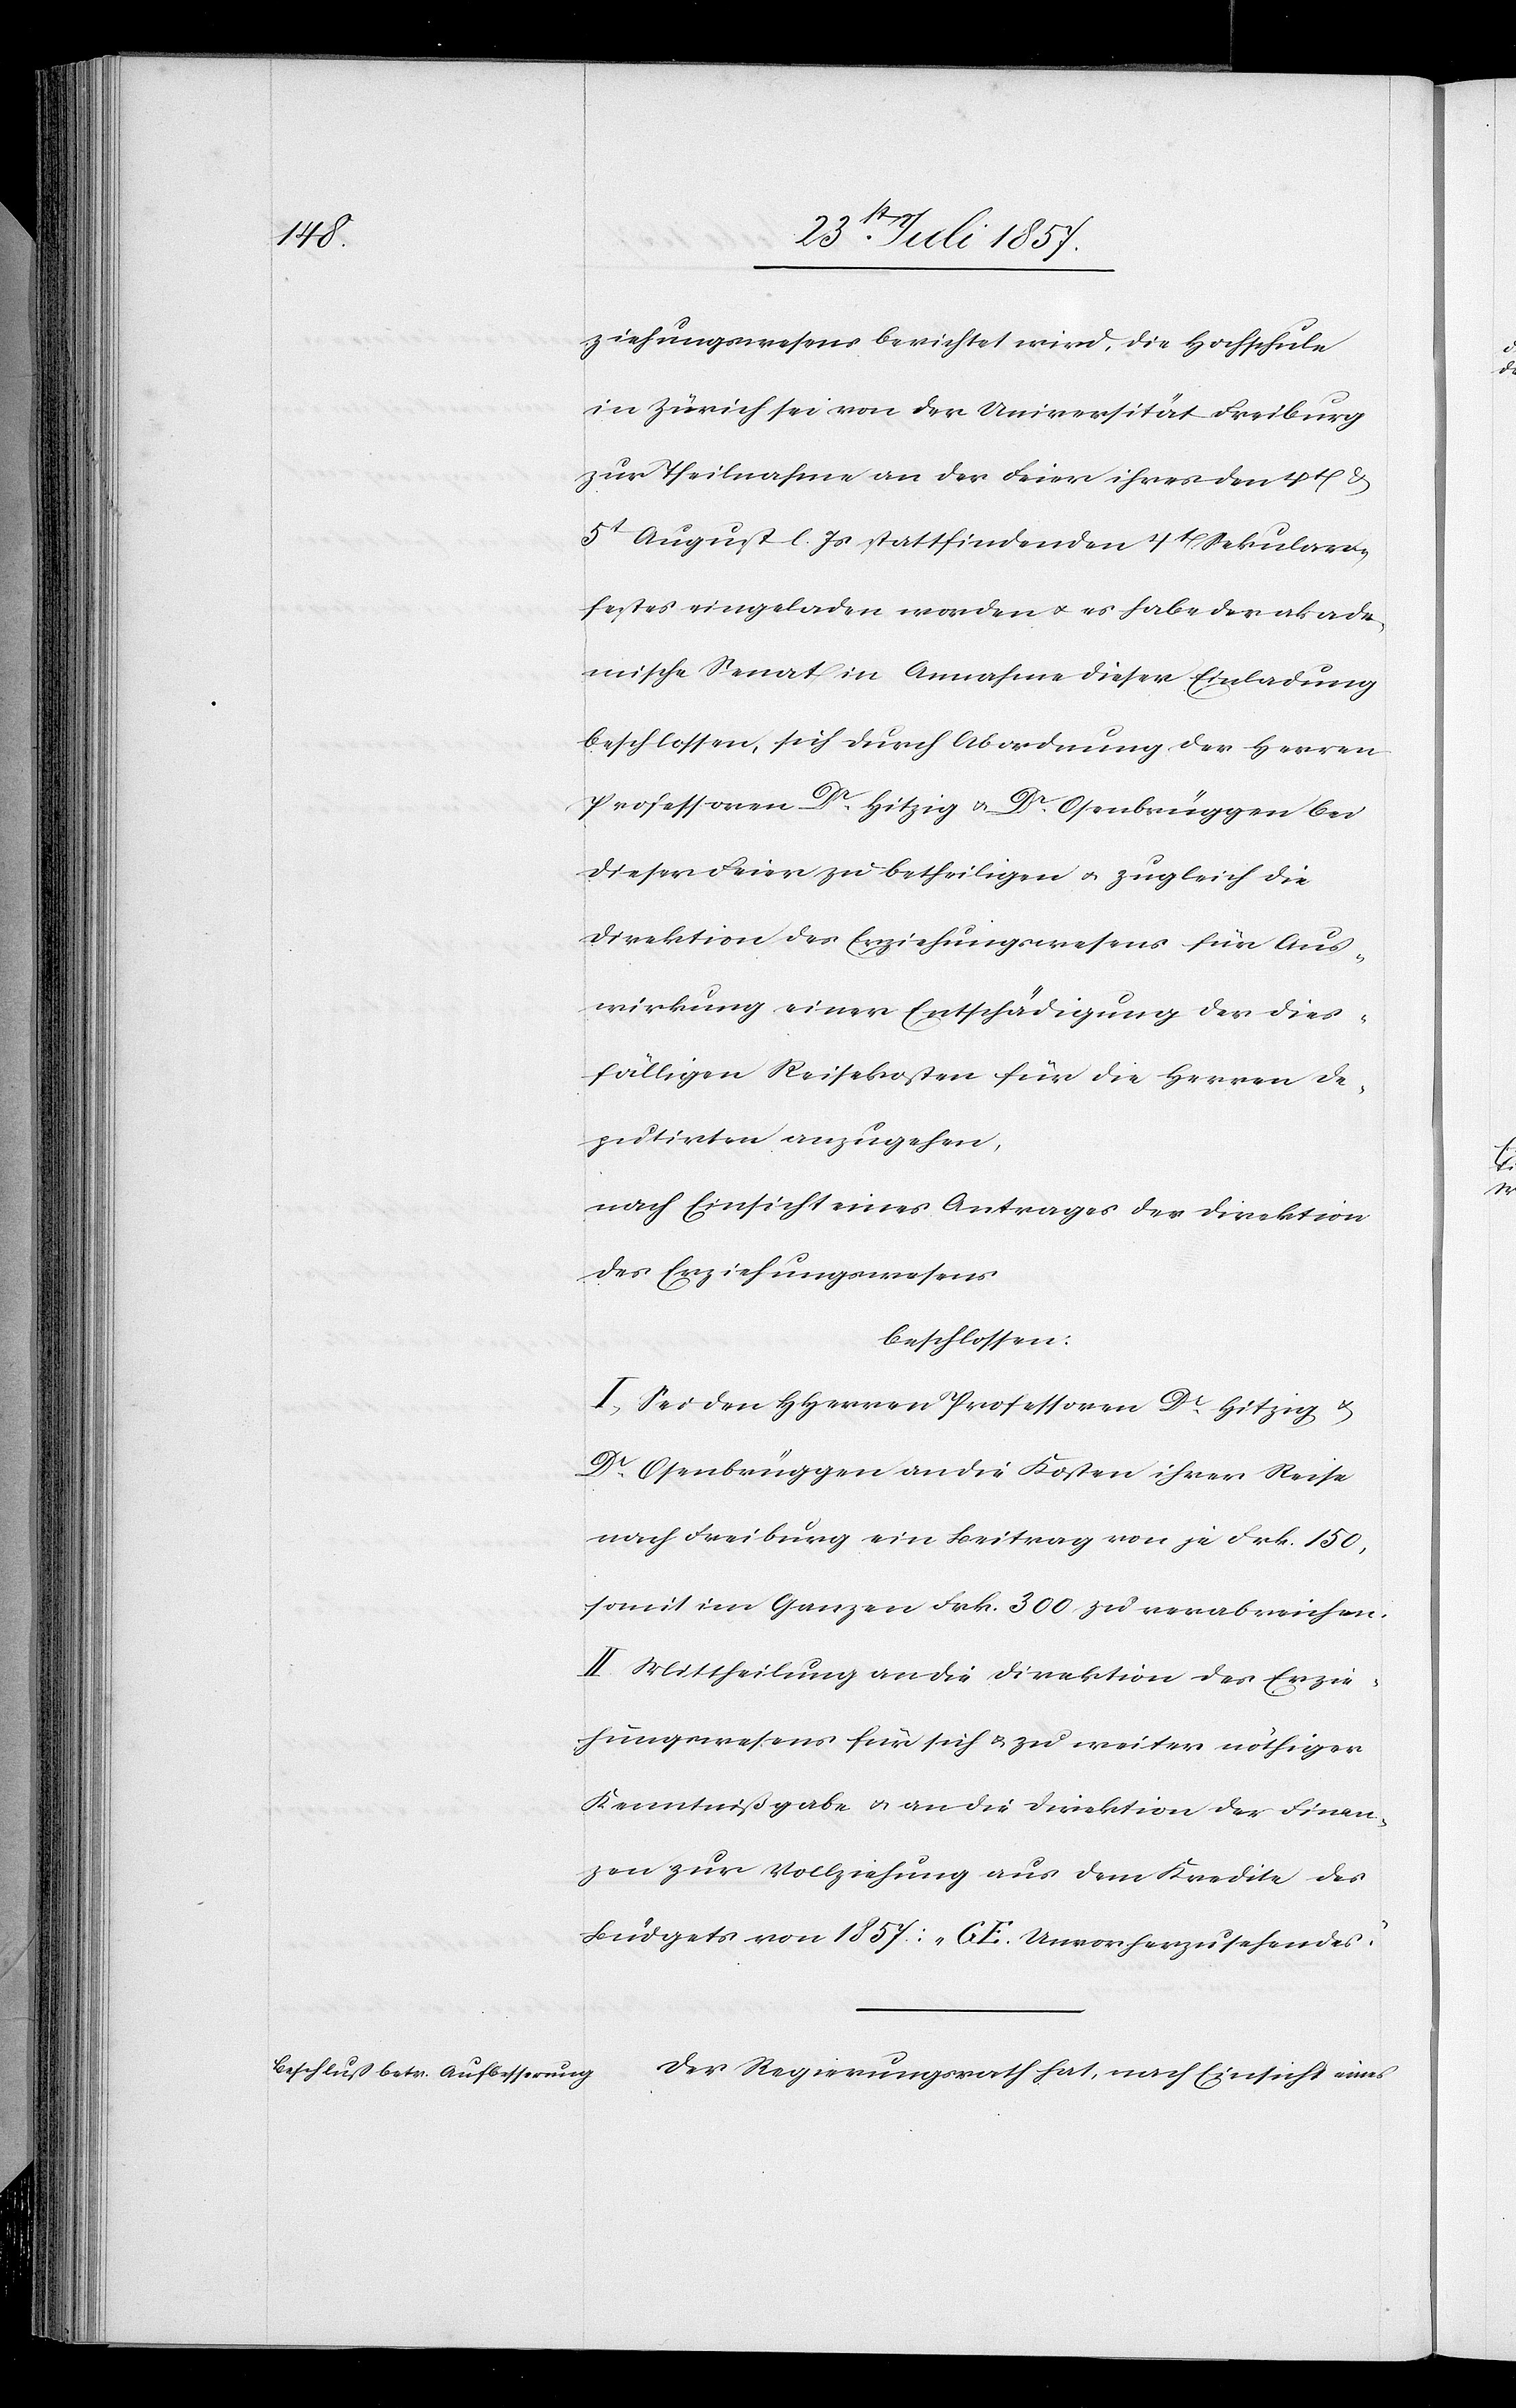
ziehungswesens berichtet wird, die Hochschule
in Zürich sei von der Universität Freiburg
zur Theilnahme an der Feier ihres den 4t &
5t August l. Js. stattfindenden 4t Sekular¬
festes eingeladen worden & es habe der akade¬
mische Senat in Annahme dieser Einladung
beschlossen, sich durch Abordnung der Herren
Professoren Dr Hitzig & Dr Osenbrüggen bei
dieser Feier zu betheiligen & zugleich die
Direktion des Erziehungswesens für Aus¬
wirkung einer Entschädigung der dies¬
fälligen Reisekosten für die Herren De¬
quitirten anzugehen,
nach Einsicht eines Antrages der Direktion
des Erziehungswesens
beschlossen:
I. Sei den HHerren Professoren Dr Hitzig &
Dr Osenbrüggen an die Kosten ihrer Reise
nach Freiburg ein Beitrag von je Frk. 150,
soweit im Ganzen Frk 300 zu verabreichen.
II. Mittheilung an die Direktion des Erzie¬
hungswesens für sich & zu weiter nöthiger
Kenntnißgabe & an die Direktion der Finan¬
zen zur Vollziehung aus dem Kredite des
Büdgets von 1857: „GE. Unvorherzusehendes.“
Der Regierungsrath hat, nach Einsicht eines